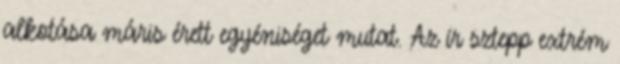
alkotása máris érett egyéniséget mutat. Az ír sztepp extrém